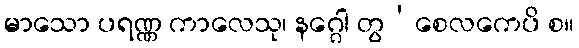
မာသော ပရဏ္ဏ ကာလေသု၊ နဂ္ဂေါ တွ’စေလကေပိ စ။